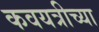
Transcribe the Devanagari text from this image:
कवयत्रीच्या